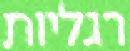
רגליות